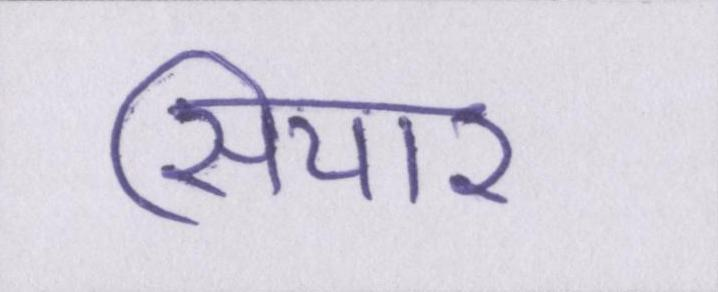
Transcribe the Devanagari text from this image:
सियार